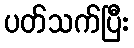
ပတ်သက်ပြီး